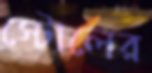
স্টোলের